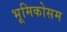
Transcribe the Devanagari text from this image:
भूमिकोसम